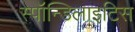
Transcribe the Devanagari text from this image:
स्पॉन्डिलाइटिस